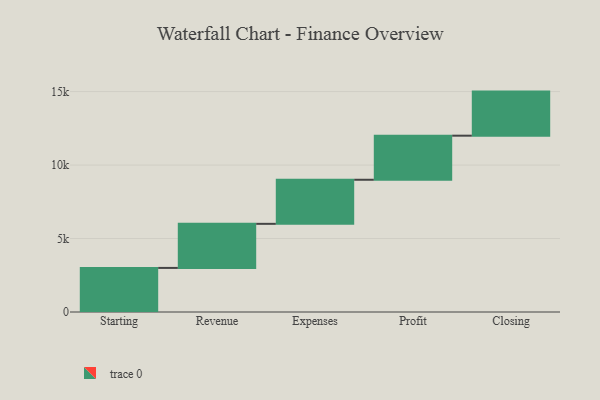
{"axis": {"x": "Step", "y": "Value"}, "legend": [""], "data": [{"x": "Starting", "y": 3000, "type": ""}, {"x": "Revenue", "y": 3000, "type": ""}, {"x": "Expenses", "y": 3000, "type": ""}, {"x": "Profit", "y": 3000, "type": ""}, {"x": "Closing", "y": 3000, "type": ""}]}